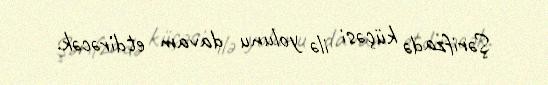
Şərifzadə küçəsi ilə yolunu davam etdirəcək.